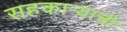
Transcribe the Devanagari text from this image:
सहकाऱ्याची